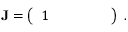
\begin{array} { r } { { \bf J } = \left( \begin{array} { l l l l l } { 1 } & { } & { } & { } & { } \end{array} \right) \; . } \end{array}